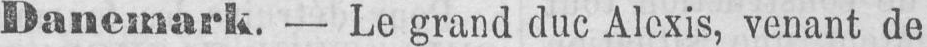
Danemark. - Le grand duc Alexis, venant de